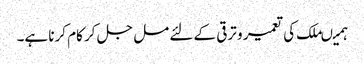
ہمیںملک کی تعمیر و ترقی کے لئے مل جل کر کام کرنا ہے۔